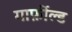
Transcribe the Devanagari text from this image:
गार्फ़ील्ड